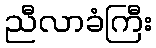
ညီလာခံကြီး